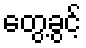
တွေ့ခွင့်